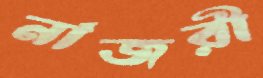
নাজরী